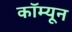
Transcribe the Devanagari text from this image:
कॉम्यून